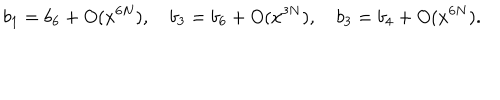
LaTeX: b _ { 1 } = b _ { 6 } + O ( x ^ { 6 N } ) , \quad b _ { 3 } = b _ { 6 } + O ( x ^ { 3 N } ) , \quad b _ { 3 } = b _ { 4 } + O ( x ^ { 6 N } ) .